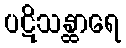
ပဋိသန္ထာရေ